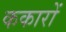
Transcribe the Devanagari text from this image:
ककारों